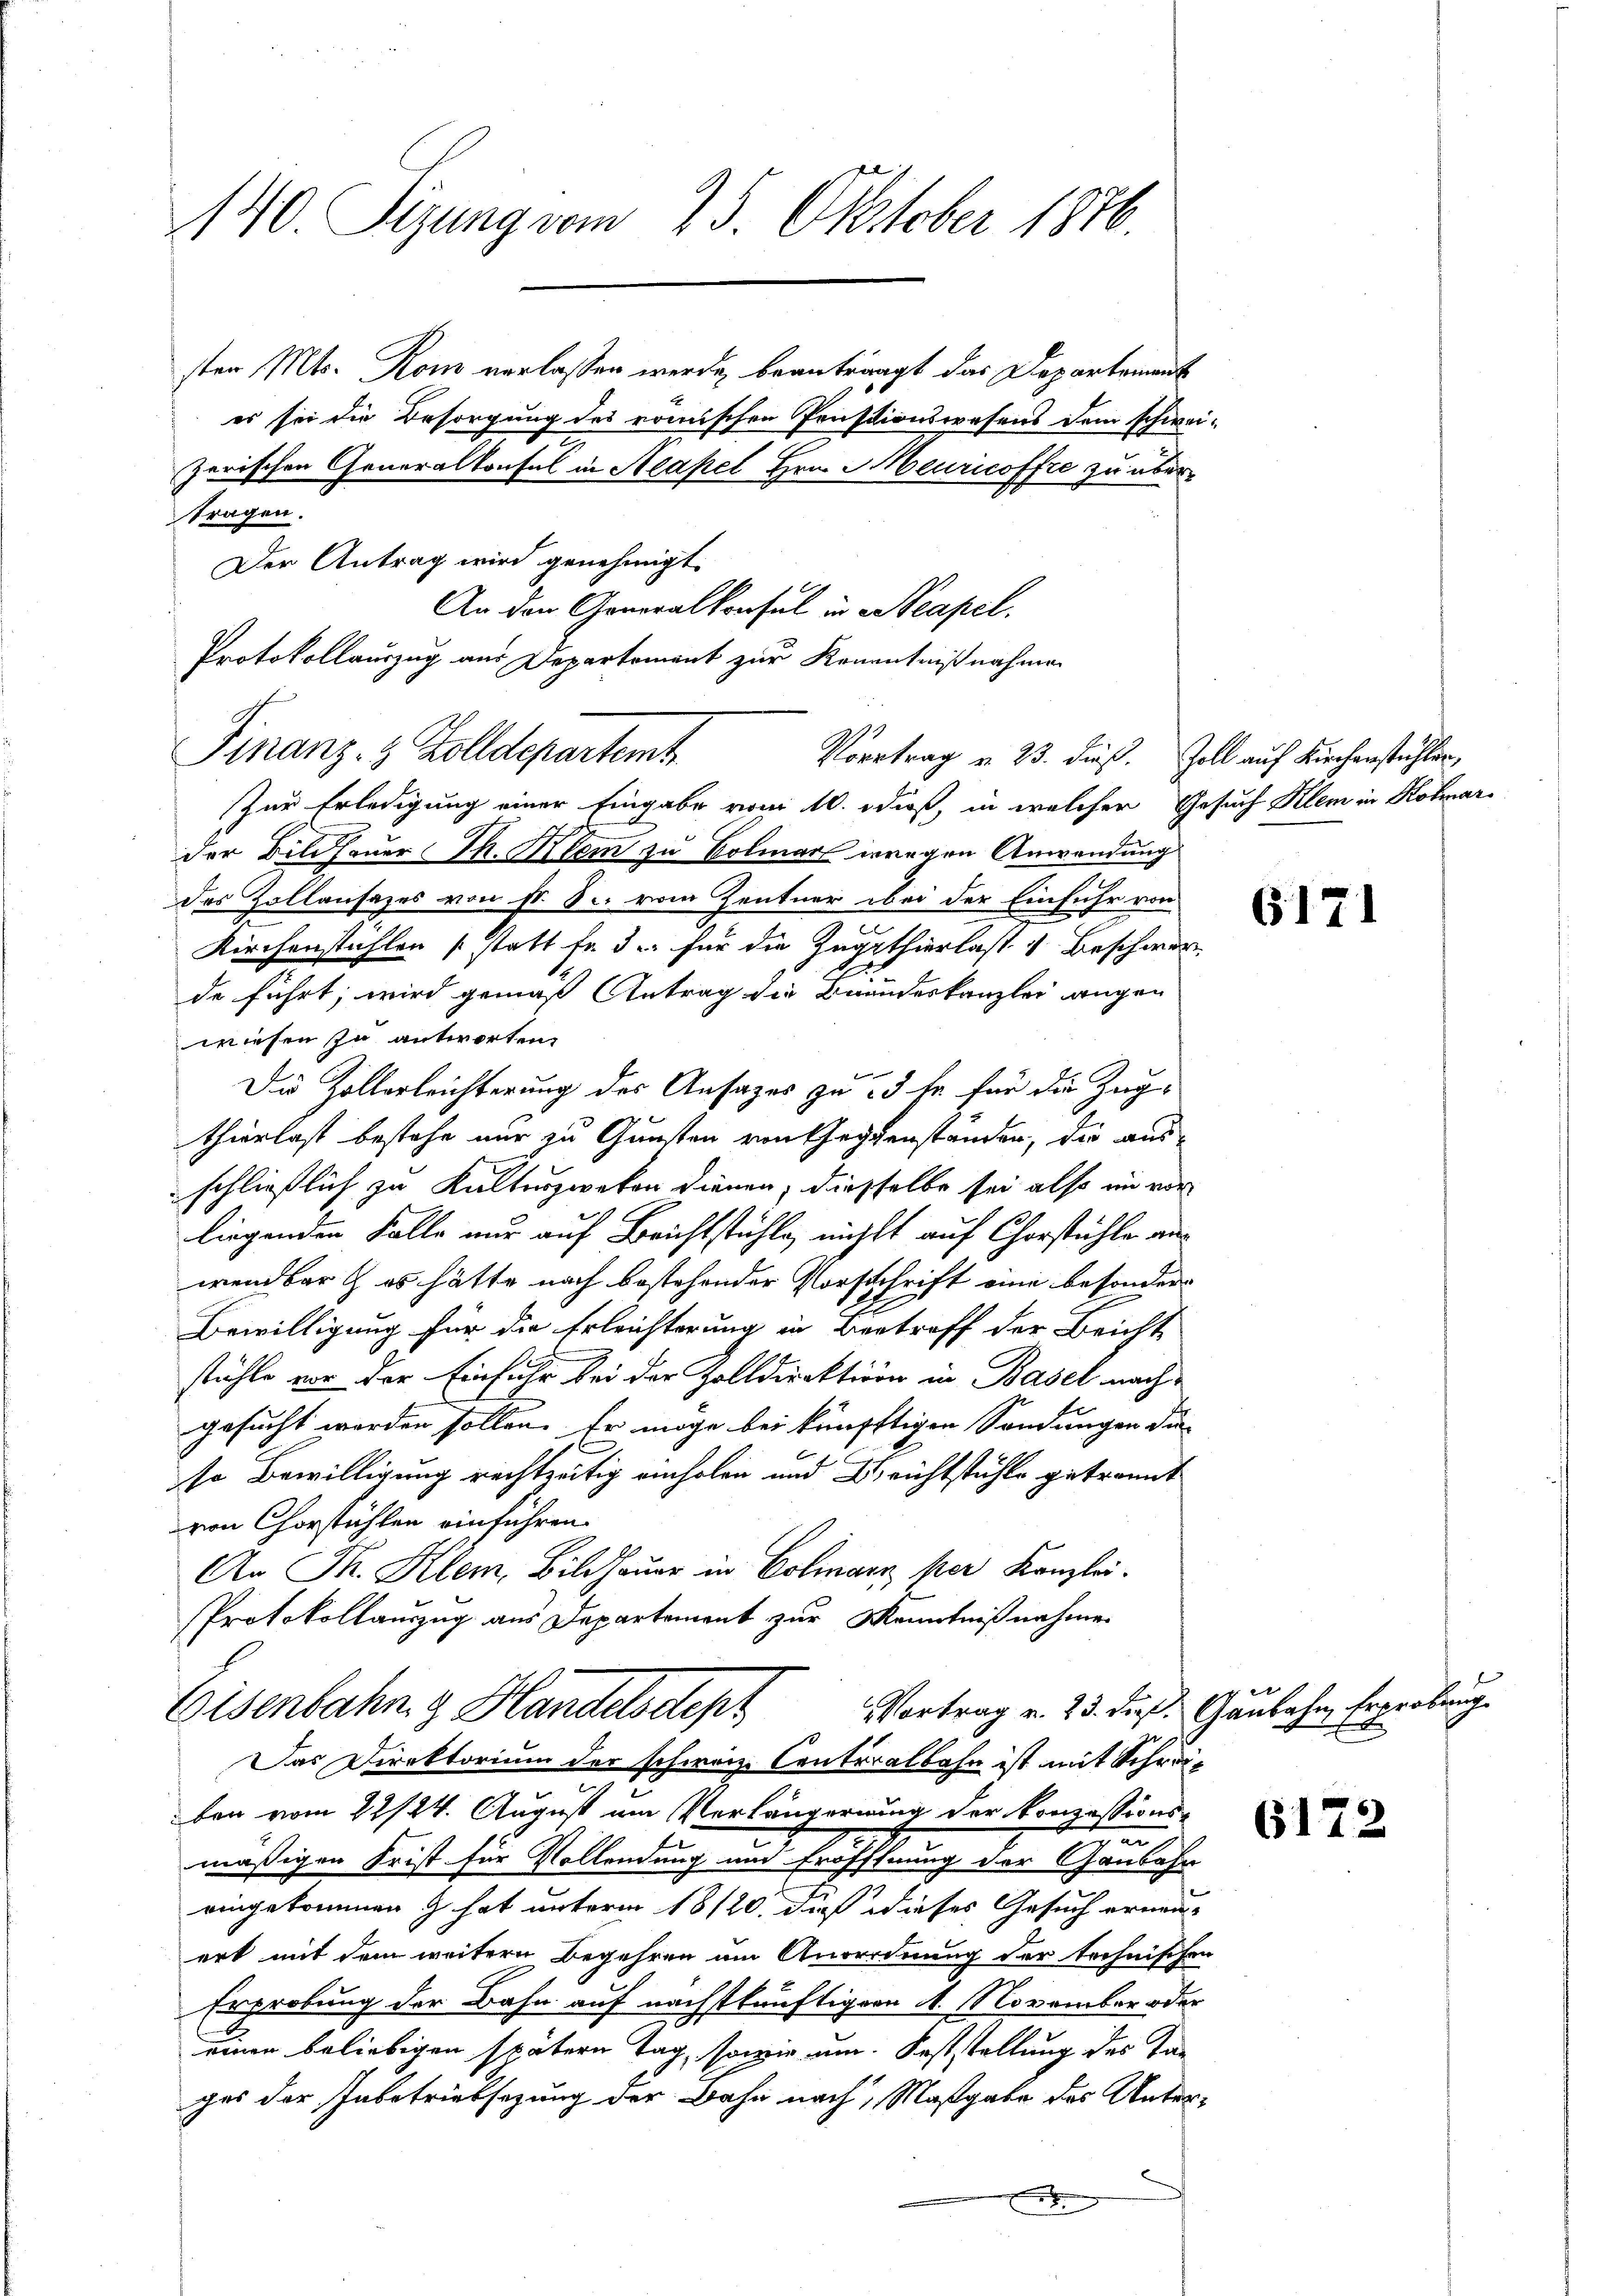
140. Sizung vom 25. Oktober 1876.

sten Mts. Rom verlassen werde, beanträgt das Departement
er sei die Besorgung des römischen Prästionswesens dem schwei-
zerischen Generalkonsul in Aeapel Hrn. Meuricoffre zu übertragen.
Der Antrag wird genehmigt.
An den Generalkonsul in Neapel.
Protokollauszug aus Departement zur Kenntnißnahmen
Zur Erledigung einer Eingabe vom 10. dieß, in welcher Gesuch Klein in Kolmar-
der Bildhauer Th. Klem zu Kolmar wegen Anwendung
des Zollansazes von s. S. vom Zentner bei der Einfuhr von
Kirchenstühlen (statt fr. 3. für die Zugthierlasse Beschwer
.
de führt, wird gemäß Antrag die Brandeskanzlei augen
wiesen zu antworten,
Die Zöllerleichterung des Ansages zu 3 fr für die Zeigthierlast bestehe nur zu Gunsten von Gegenstanden, die ausschließlich zu Kulturzweken dienen, diesselbe sei also in vor
liegenden Falle nur auf Berichtstühle nichts auf Chorstühle aus
wendbar & es hätte nach bestehender Vorschrift eine besondern
Bewilligung für die Erleichterung in Beetreff der Beichte
stühle vor der Einfuhr bei der Zolldirektion in Basel nachgesucht werden sollen. Er möge bei künfftigen Sandungen die
so Bewilligung rechtzeitig einholen und Berichtstühle getrannt
von Chorstühlen einführen.
An Sr. Klem, Bildhauer in Colmar per Kanzlei.
Protokollauszug aus Departement zur Kenntnißnahme.
Vortrag v. 23. dieß: Gaubahn Ererbung
Eisenbahng Handelsctept
Das Direktorium der schweiz. Conticalbahn ist mit Schreiben vom 22/24. August um Verlängerung der Konzessions-
mäßigen Frist für Vollendung und Eröffnung der Gaubahn
eingekommen & hat unterm 18/20. dieß dieses Gesuch ernen-
ert mit dem weitern Begehren am Anordnung der technischen
Erprobung der Bahn auf nächstkünftigern A. November oder
einen beliebigen spätern Tag, sowie um Feststellung des Tan
gas der Inbetriebsezung der Bahn nach, Maßgabe des Unter¬
E

Finanz- & Zolldepartemt
Vortrag u. 23. dieß. Zoll auf Kirchenstühlen,

6171

A

6172